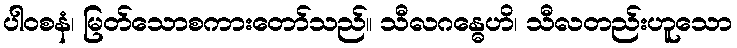
ပါဝစနံ၊ မြတ်သောစကားတော်သည်။ သီလဂန္ဓေဟိ၊ သီလတည်းဟူသော